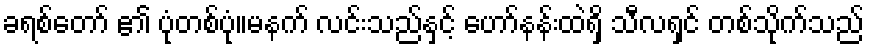
ခရစ်တော် ၏ ပုံတစ်ပုံ။မနက် လင်းသည်နှင့် ဟော်နန်းထဲရှိ သီလရှင် တစ်သိုက်သည်